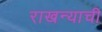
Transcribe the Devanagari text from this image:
राखन्याची